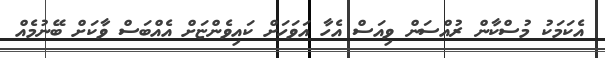
އެކަމަކު މުސްކާން ރުއްސަން ވިއަސް އެހާ އަވަހަށް ކައިވެންޏަށް އެއްބަސް ވާކަށް ބޭނުމެއް